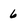
Character: 6